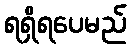
ရရှိရပေမည်